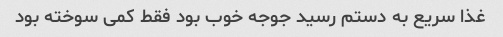
غذا سریع به دستم رسید جوجه خوب بود فقط کمی سوخته بود